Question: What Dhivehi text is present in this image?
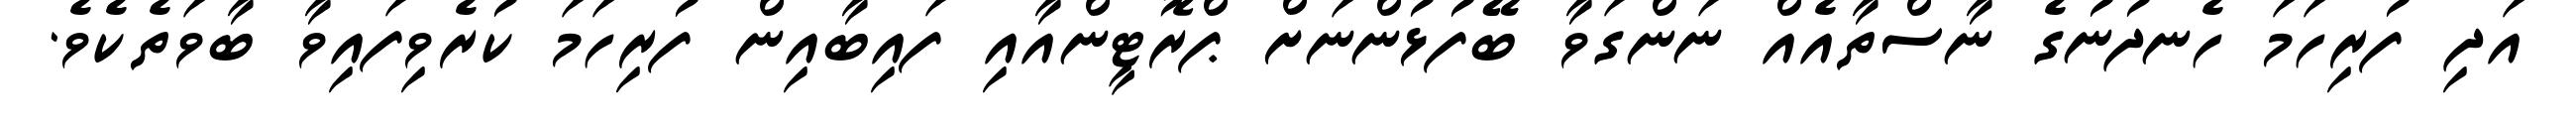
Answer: އަދި ފުރިހަމަ ހެނދުނުގެ ނާސްތާއެއް ނަންގަވާ ބޭފުޅުންނަށް ޕްރޮޓީންއާއި ފައިބާއިން ފުރިހަމަ ކުރެވިފައިވާ ބާވަތެކެވެ.